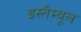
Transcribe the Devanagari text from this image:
इस्तैम्बूल